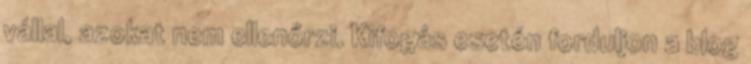
vállal, azokat nem ellenőrzi. Kifogás esetén forduljon a blog